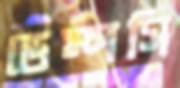
ডেম্পসি